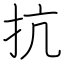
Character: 抗